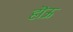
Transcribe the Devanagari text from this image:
हॊऊ